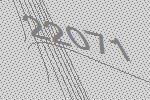
22071